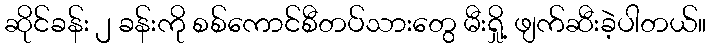
ဆိုင်ခန်း ၂ ခန်းကို စစ်ကောင်စီတပ်သားတွေ မီးရှို့ ဖျက်ဆီးခဲ့ပါတယ်။